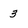
Character: 3